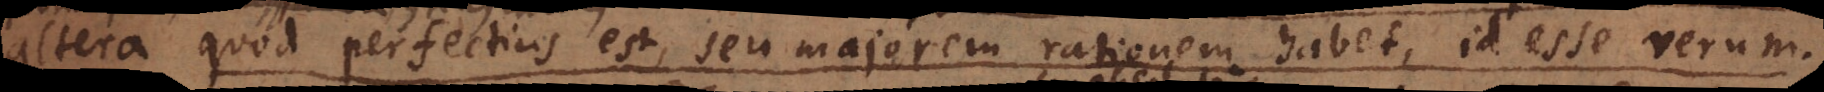
altera quod perfectius est, seu majorem rationem habet, id esse verum.